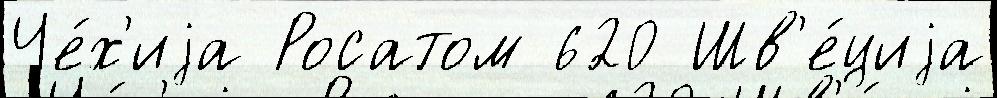
Че́х'иjа Росатом 620 Шв'е́циjа